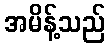
အမိန့်သည်